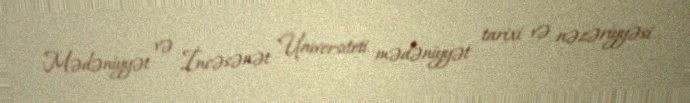
Mədəniyyət və İncəsənət Universiteti mədəniyyət tarixi və nəzəriyyəsi